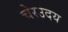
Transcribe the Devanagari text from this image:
चेरउदय